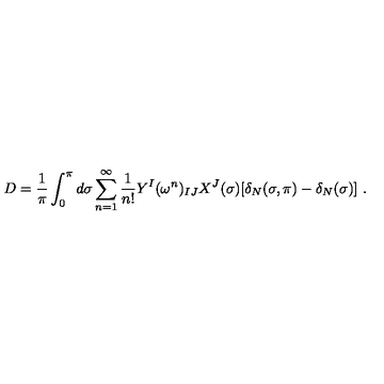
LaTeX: D = \frac { 1 } { \pi } \int _ { 0 } ^ { \pi } d \sigma \sum _ { n = 1 } ^ { \infty } \frac { 1 } { n ! } Y ^ { I } ( \omega ^ { n } ) _ { I J } X ^ { J } ( \sigma ) [ \delta _ { N } ( \sigma , \pi ) - \delta _ { N } ( \sigma ) ] \ .